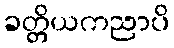
ခတ္တိယကညာပိ